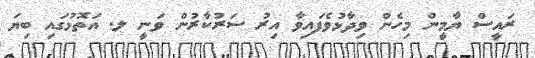
ރައީސް ޔާމީން މިހެން ވިދާޅުވެފައިވާ އިރު ސަރުކާރުން ވަނީ ލ. އަތޮޅުގައި ބިޔަ